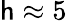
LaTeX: \mathsf{h}\approx5